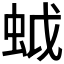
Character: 𧊎